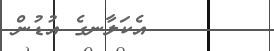
އެކަލާނގެ އުޑުން